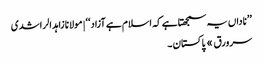
’’ناداں یہ سمجھتا ہے کہ اسلام ہے آزاد‘‘ | مولانا زاہد الراشدی
سرورق » پاکستان ۔